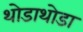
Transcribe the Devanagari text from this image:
थोडाथोडा